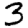
Digit: 3